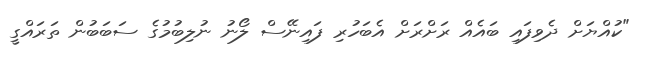
"ކުއްޔަށް ދެވިފައި ބައެއް ރަށްރަށް އެބަހުރި ފައިނޭސް ލޯނު ނުލިބުމުގެ ސަބަބުން ތަރައްގީ